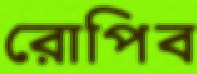
রোপিব